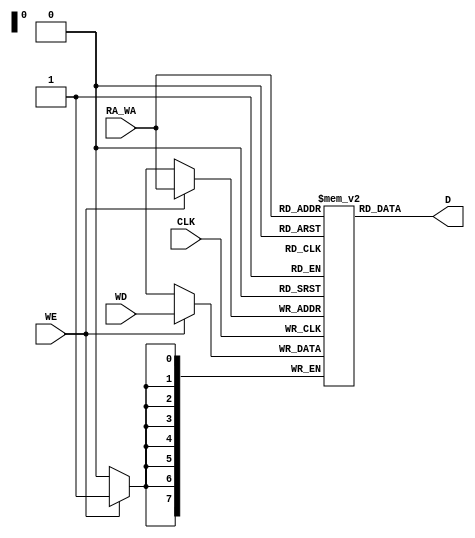
`timescale 1ps/1ps
module RAM (input CLK,
            input WE,           // write enable
            input [7:0] WD,     // data to be write
            input [7:0] RA_WA,  // read/write address
            output [7:0] D);    // data(read)
    
    reg [7:0] ram [255:0];
    
    assign D = ram[RA_WA];
    
    always @(negedge CLK) begin
        if (WE) begin
            #10 ram[RA_WA] <= WD;
        end
    end
    
endmodule